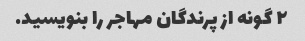
۲ گونه از پرندگان مهاجر را بنویسید.